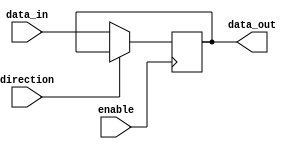
module bidirectional_buffer (
    input wire data_in,        // Data input signal
    output reg data_out,       // Data output signal
    input wire direction,      // Control signal to select data direction
    input wire enable          // Control signal to enable data transfer
);

always @ (posedge enable) begin
    if (direction == 1'b0) begin
        // Transfer data from data_in to data_out
        data_out <= data_in;
    end else begin
        // Transfer data from data_out to data_in
        // To be implemented based on system requirements
    end
end

endmodule